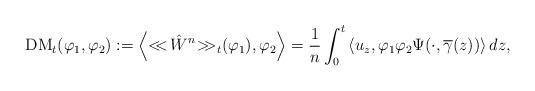
LaTeX: \begin{align*}{\rm DM}_t(\varphi_1,\varphi_2):= \left< {<\!\!<\!\hat{W}^{n}\!>\!\!>}_{t} (\varphi_{1}), \varphi_{2} \right> = \frac{1}{n} \int_{0}^{t} \left<u_{z},\varphi_{1}\varphi_{2}\Psi(\cdot,\overline{\gamma}(z))\right> dz,\end{align*}